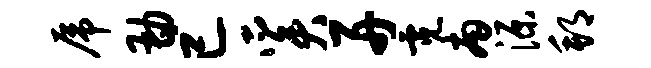
虎勘已奚舟霓南源邦